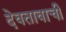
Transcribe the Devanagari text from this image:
देवतावाची